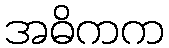
အဓိကက